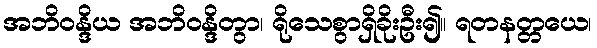
အဘိဝန္ဒိယ အဘိဝန္ဒိတွာ၊ ရိုသေစွာရှိခိုးဦး၍။ ရတနတ္တယေ၊